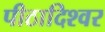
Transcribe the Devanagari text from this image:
पीठादिश्वर